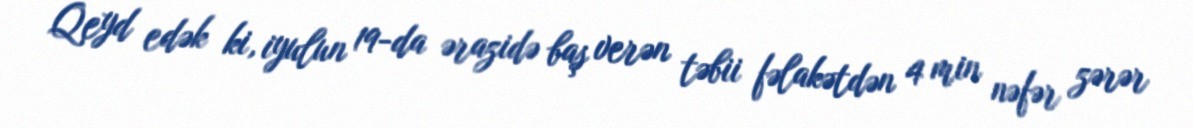
Qeyd edək ki, iyulun 19-da ərazidə baş verən təbii fəlakətdən 4 min nəfər zərər